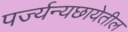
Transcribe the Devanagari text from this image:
पर्ज्यन्यछायेतील